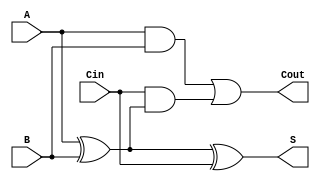
module full_adder (
    input wire A,    // First binary input
    input wire B,    // Second binary input
    input wire Cin,  // Carry-in input
    output wire S,   // Sum output
    output wire Cout  // Carry-out output
);

// Internal wires for intermediate calculations
wire AxorB; // A XOR B
wire AandB; // A AND B
wire CinAndAxorB; // Cin AND (A XOR B)

// Calculate the sum output using XOR gates
assign AxorB = A ^ B; // A XOR B
assign S = AxorB ^ Cin; // (A XOR B) XOR Cin

// Calculate the carry-out output using AND and OR gates
assign AandB = A & B; // A AND B
assign CinAndAxorB = Cin & AxorB; // Cin AND (A XOR B)
assign Cout = AandB | CinAndAxorB; // (A AND B) OR (Cin AND (A XOR B))

endmodule